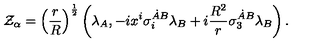
{ \cal Z } _ { \alpha } = \left( { \frac { r } { R } } \right) ^ { \frac { 1 } { 2 } } \left( \lambda _ { A } , - i x ^ { i } \sigma _ { i } ^ { \dot { A } B } \lambda _ { B } + i { \frac { R ^ { 2 } } { r } } \sigma _ { 3 } ^ { \dot { A } B } \lambda _ { B } \right) .